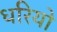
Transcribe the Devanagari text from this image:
धरियो